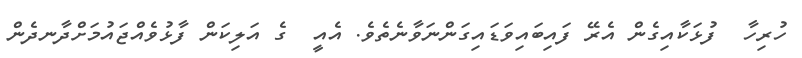
ހުރިހާ  ފުޅަކާއިގެން އެރޭ ފައިބައިވަޑައިގަންނަވާނެތެވެ. އެއީ  ގެ އަލިކަން ފާޅުވެއްޖައުމަށްދާނދެން